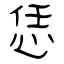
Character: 恁